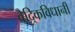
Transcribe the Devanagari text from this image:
वैदिकविधानीं